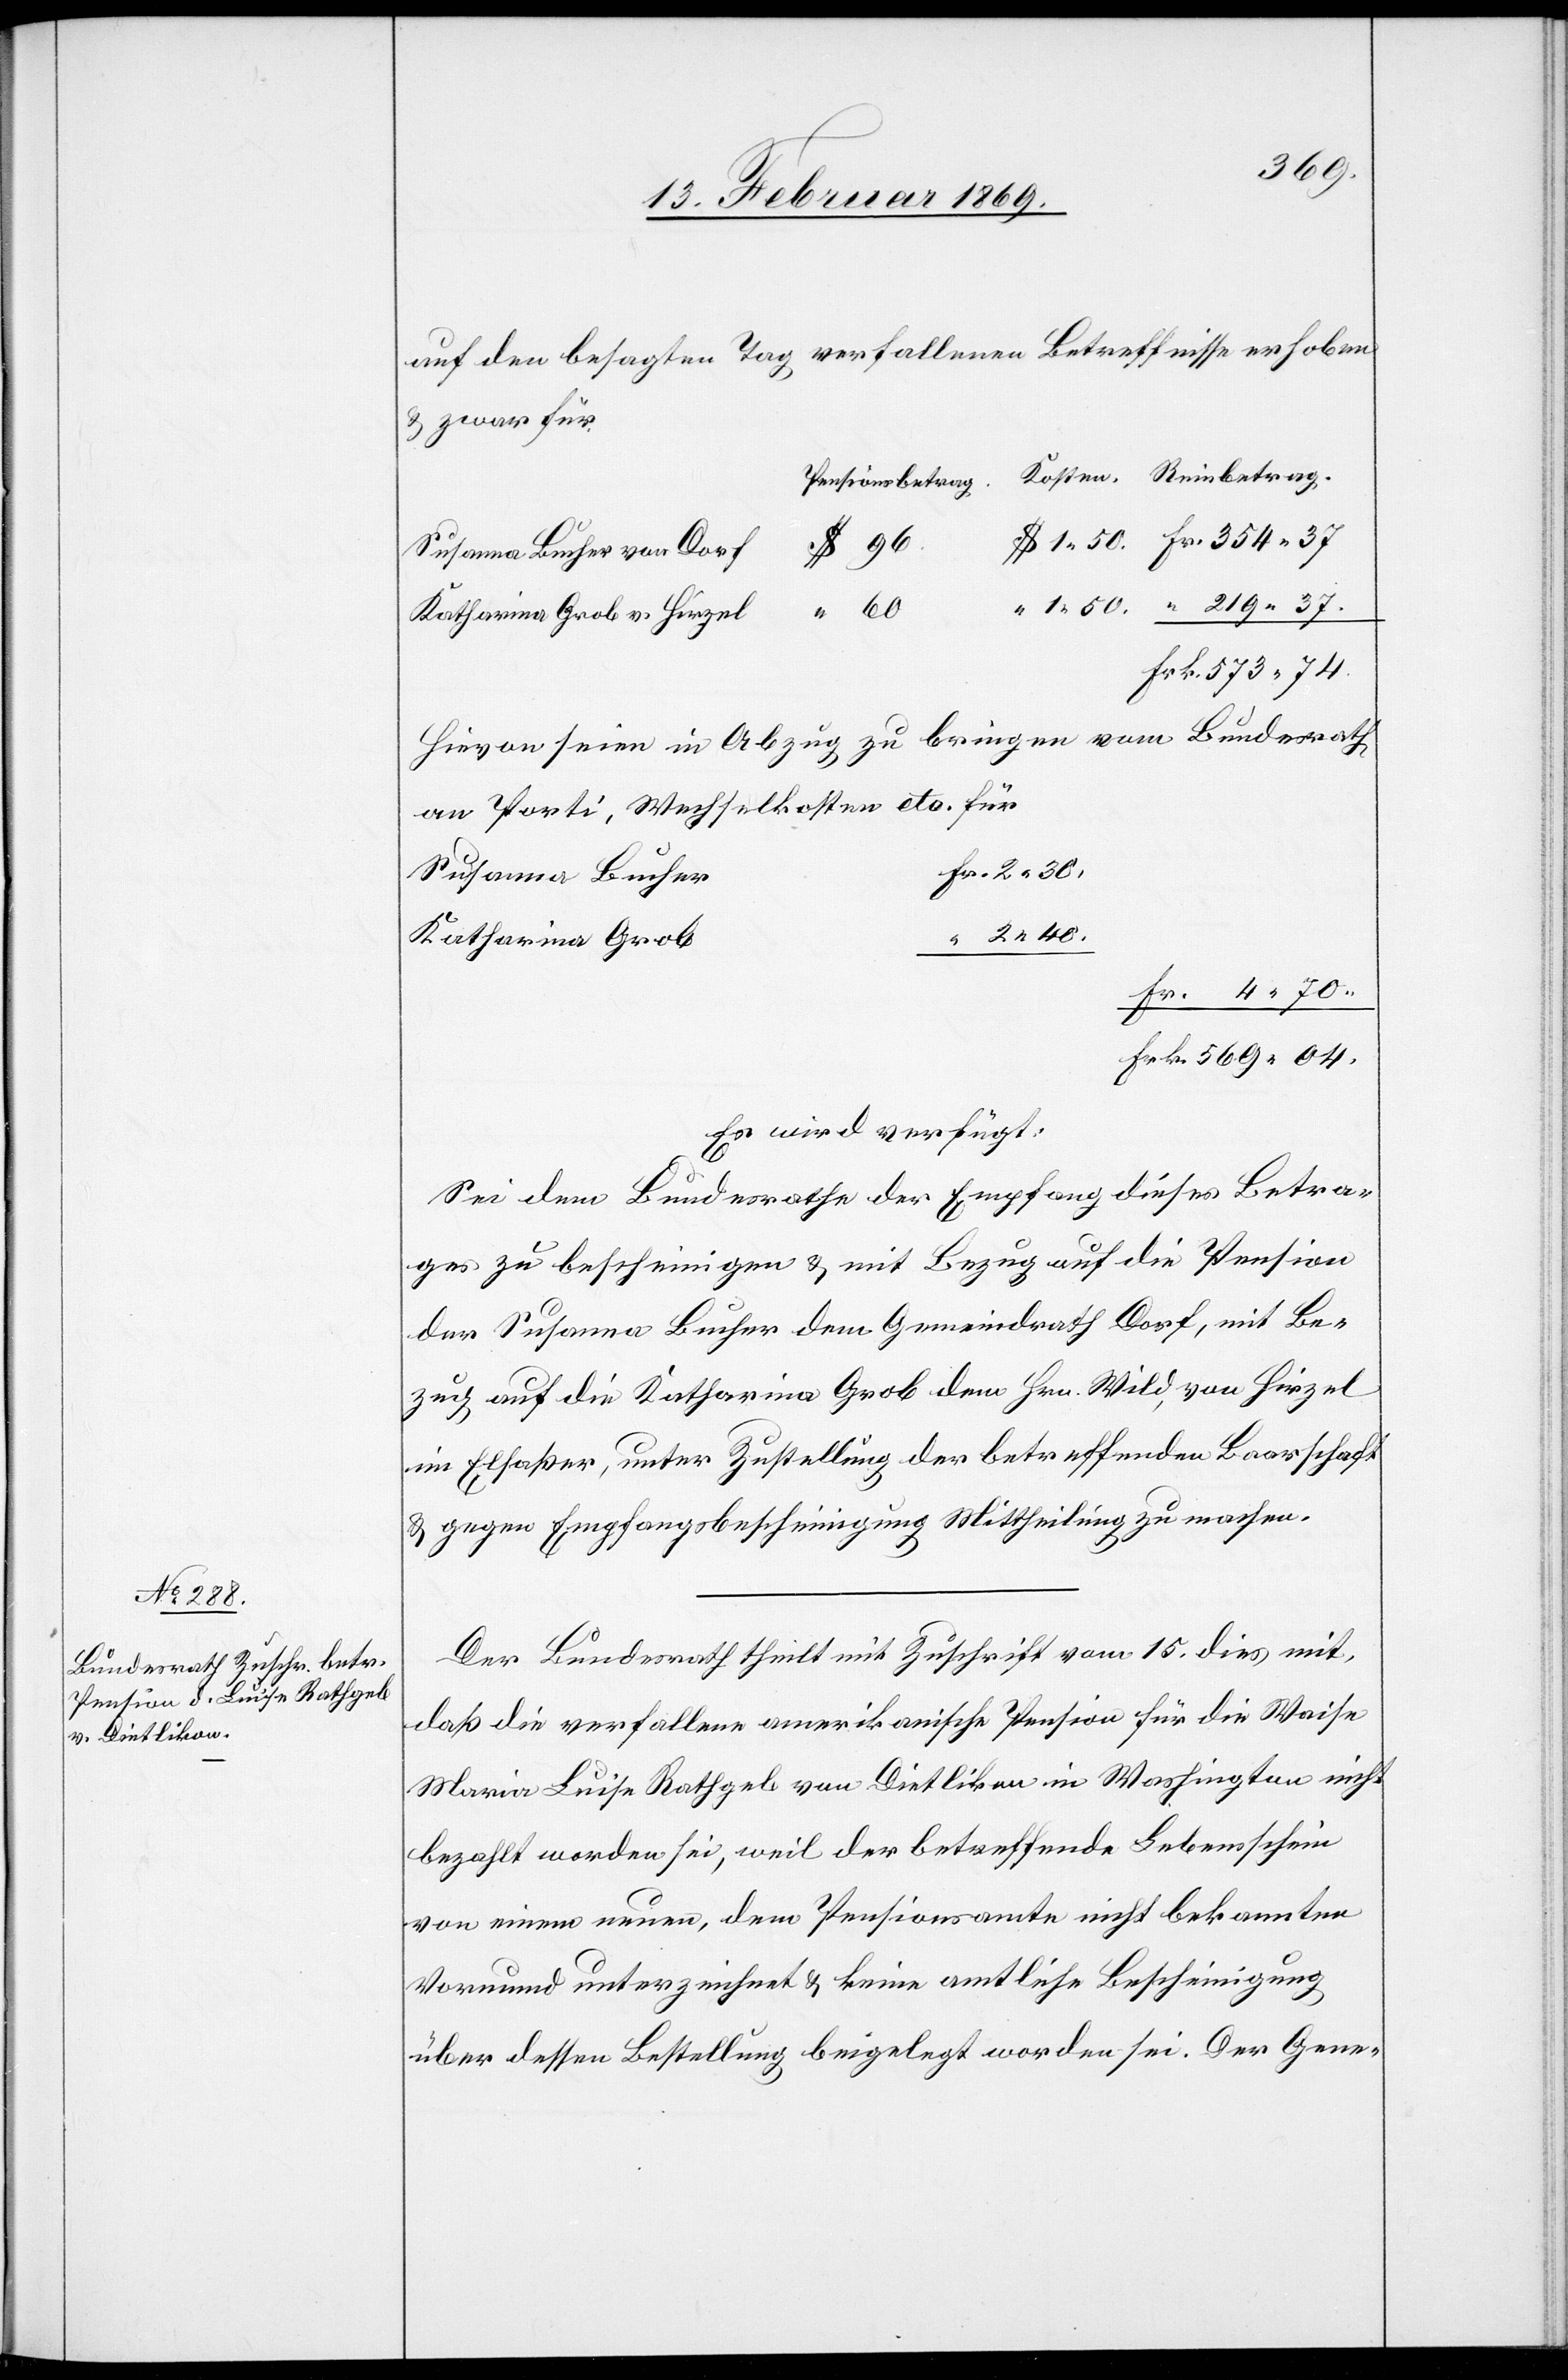
569.04.
17. Februar 1869.]
auf den besagten Tag verfallenen Betreffnisse erhoben
u. zwar für
Pensionsbetrag
2.40.
Susanna Bucher von Dorf
Katharina Grob v. Hirzel
Hievon seien in Abzug zu bringen vom Bundesrath
an Porti, Weggeldkosten etc. für
Susanna Bucher
Katharina Grob
Es wird verfügt:
Sei dem Bundesrathe der Empfang dieses Betra¬
ges zu bescheinigen u. mit Bezug auf die Pension
der Susanna Bucher dem Gemeindrath Dorf, mit Be¬
zug auf die Katharina Grob dem Hrn. Wild, von Hirzel
im Elsaßer, unter Zustellung der betreffenden Baarschaft
& gegen Empfangsbescheinigung Mittheilung zu machen.
Der Bundesrath theilt mit Zuschrift vom 15. dies mit,
daß die verfallene amerikanische Pension für die Waise
Maria Luisa Rathgeb von Dietlikon in Washington nicht
bezahlt worden sei, weil der betreffende Lebensschein
von einem neuen, dem Pensionsamte nicht bekannten
Vormund unterzeichnet & keine amtliche Bescheinigung
über dessen Bestellung beigelegt worden sei. Der Gene-